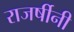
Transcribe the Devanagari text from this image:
राजर्षीनी